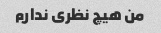
من هیچ نظری ندارم